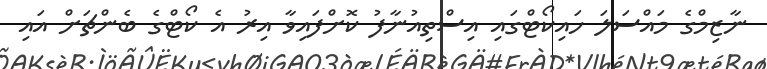
ނާޒިމްގެ މައްސަލަ ހައިކޯޓްގައި އިސްތިއުނާފު ކޮށްފައިވާ އިރު އެ ކޯޓްގެ ބެންޗަށް އައި